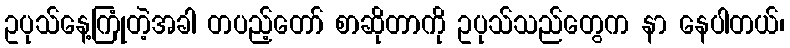
ဥပုသ်နေ့ကြုံတဲ့အခါ တပည့်တော် စာဆိုတာကို ဥပုသ်သည်တွေက နာ နေပါတယ်၊